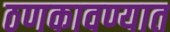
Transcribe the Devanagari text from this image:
ठणकावण्यात